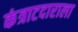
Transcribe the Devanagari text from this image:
कंत्राटदाराला